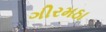
ગીરમઠા